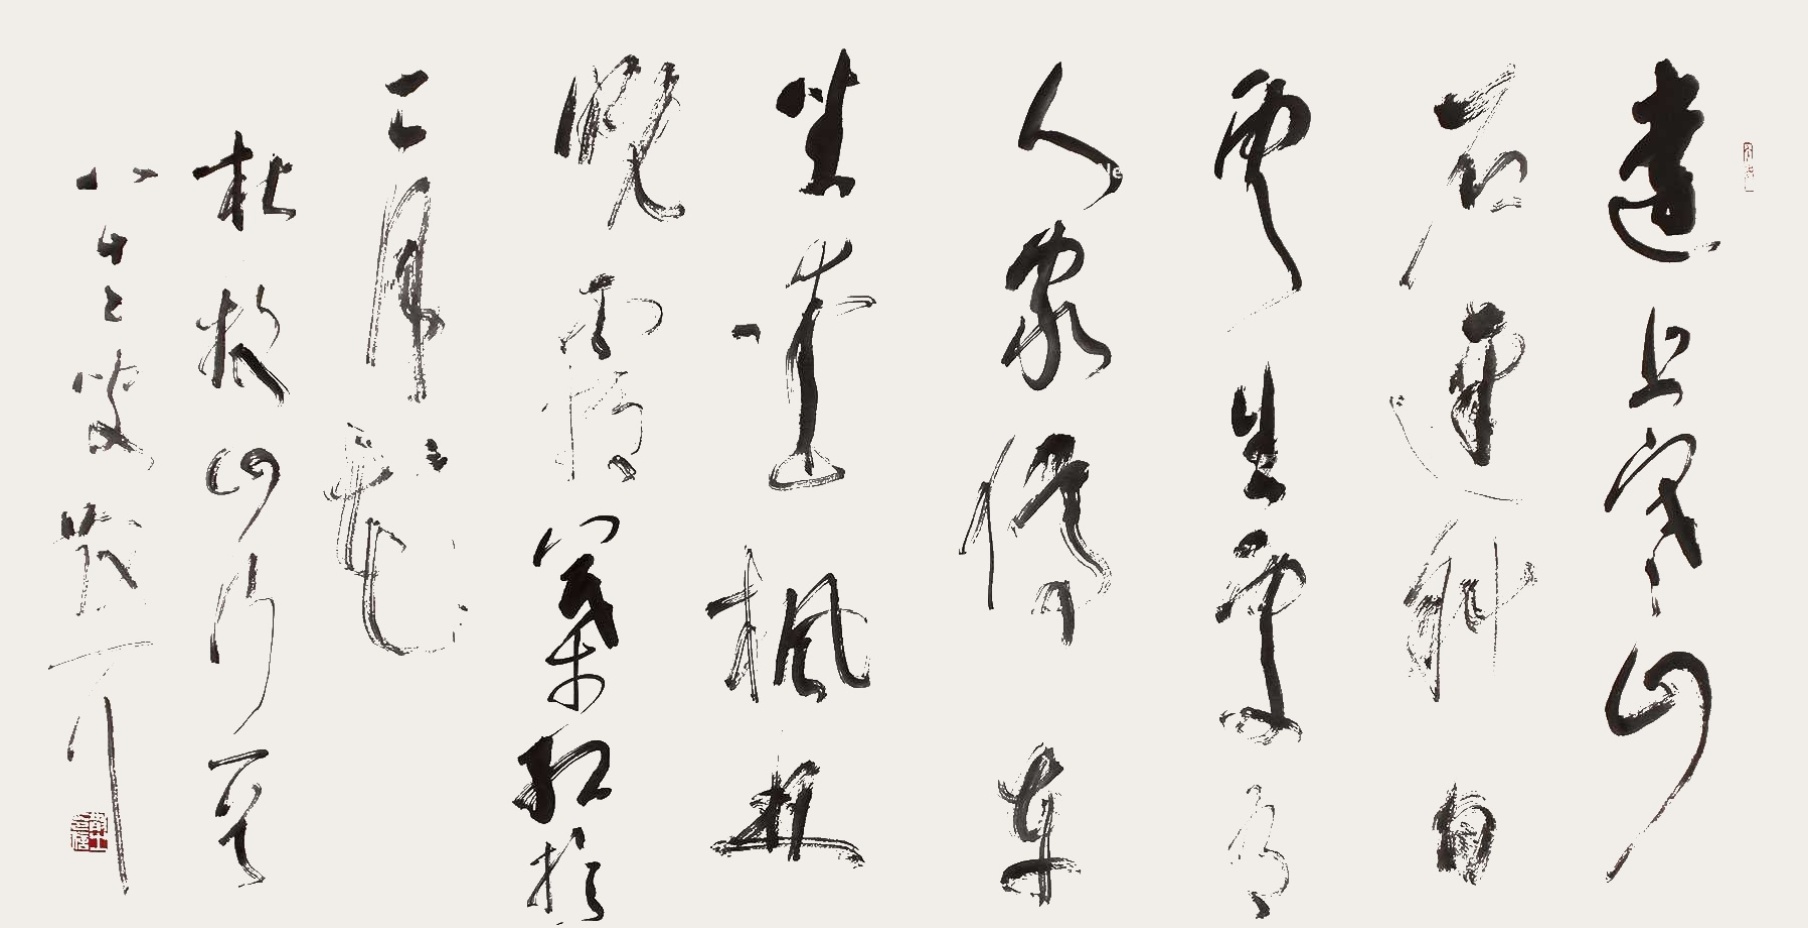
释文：远上寒山石径斜，白云生处有人家。停车坐爱枫林晚，霜叶红于二月花。杜牧山行一首，八十二叟散之。